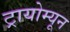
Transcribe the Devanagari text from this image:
ट्रायोम्यून